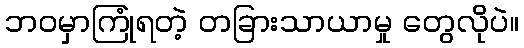
ဘဝမှာကြုံရတဲ့ တခြားသာယာမှု တွေလိုပဲ။